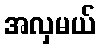
အလှမယ်